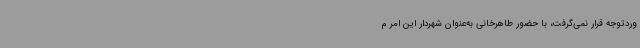
وردتوجه قرار نمی‌گرفت، با حضور طاهرخانی به‌عنوان شهردار این امر م